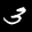
Label: 3